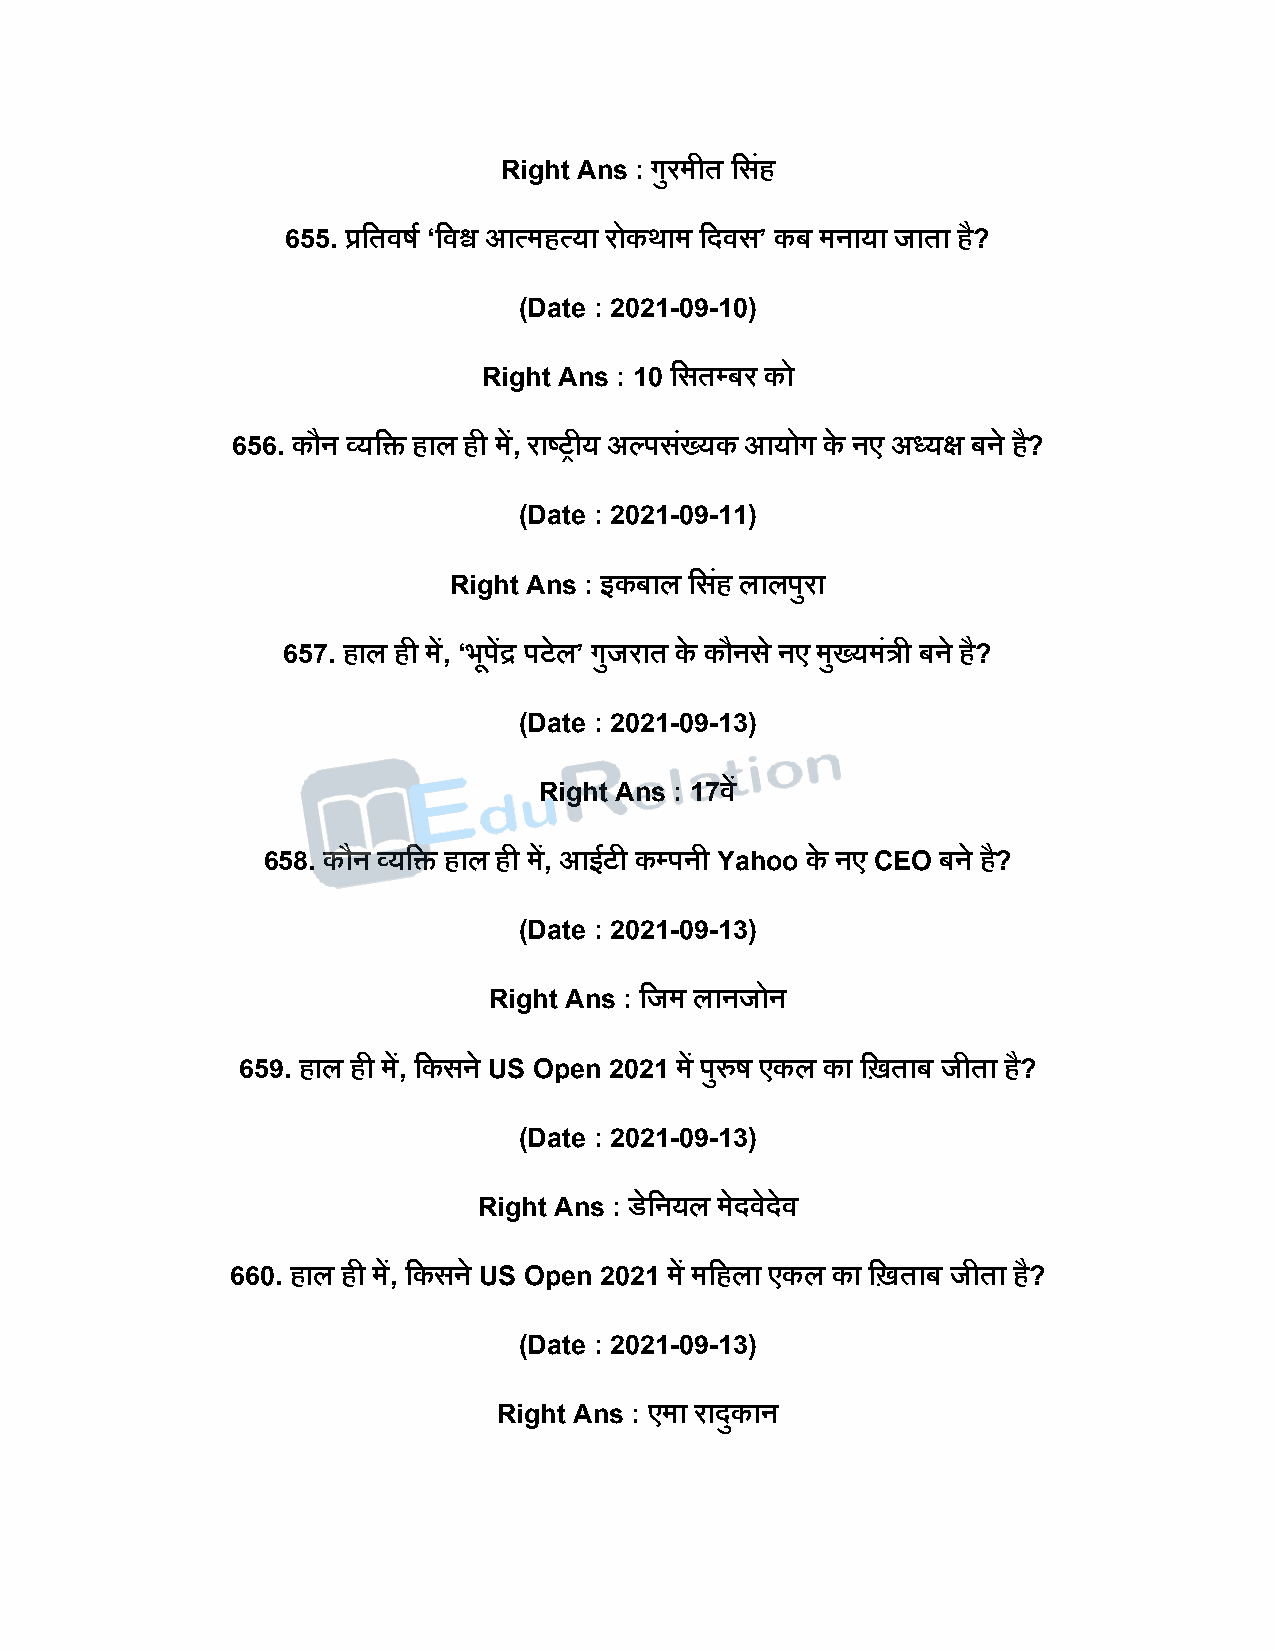
Right Ans : गुरमीत दसहं
 655. प्रदतवर्ष ‘दवश्व आत्महत्या रोकथाम दिवस’ कब मनाया जाता है?
 (Date : 2021-09-10)
 Right Ans : 10 दसतपबर को
 656. कौन व्यदि हाल ही में, राष्ट्रीय अल्िसख्ं यक आयोग के नए अध्यक्ष बने ह?ै
 (Date : 2021-09-11)
 Right Ans : इकबाल दसहं लालिुरा
 657. हाल ही में, ‘भूिेंद्र िटेल’ गुजरात के कौनस े नए मुख्यमंत्री बने है?
 (Date : 2021-09-13)
 Right Ans : 17वें
 658. कौन व्यदि हाल ही में, आईटी कपिनी Yahoo के नए CEO बने है?
 (Date : 2021-09-13)
 Right Ans : दजम लानजोन
 659. हाल ही में, दकसने US Open 2021 में िुरुर् एकल का दिताब जीता है?
 (Date : 2021-09-13)
 Right Ans : डेदनयल मेिविे ेव
 660. हाल ही में, दकसने US Open 2021 में मदहला एकल का दिताब जीता है?
 (Date : 2021-09-13)
 Right Ans : एमा रािुकान